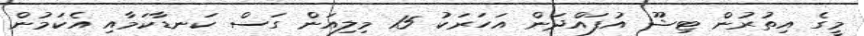
މީގެ އިތުރުން ޓިޝޫ އުފައްދަން އަހަރަކު 15 މިލިއަން ގަސް ކަނޑާކަމާއި އެކަމުން